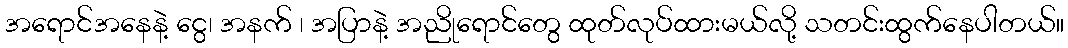
အရောင်အနေနဲ့ ငွေ၊ အနက် ၊ အပြာနဲ့ အညိုရောင်တွေ ထုတ်လုပ်ထားမယ်လို့ သတင်းထွက်နေပါတယ်။